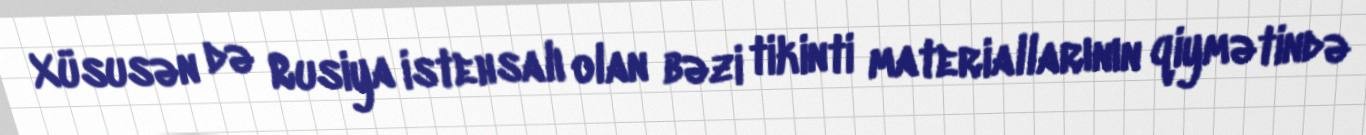
Xüsusən də Rusiya istehsalı olan bəzi tikinti materiallarının qiymətində